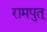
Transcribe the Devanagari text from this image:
रामपुत्